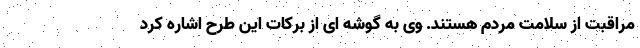
مراقبت از سلامت مردم هستند. وی به گوشه ای از برکات این طرح اشاره کرد